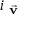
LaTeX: i _ { \vec { \textbf { v } } }